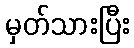
မှတ်သားပြီး